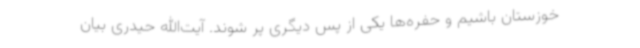
خوزستان باشیم و حفره‌ها یکی از پس دیگری پر شوند. آیت‌الله حیدری بیان